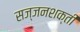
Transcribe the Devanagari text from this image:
सज्जनशक्ती